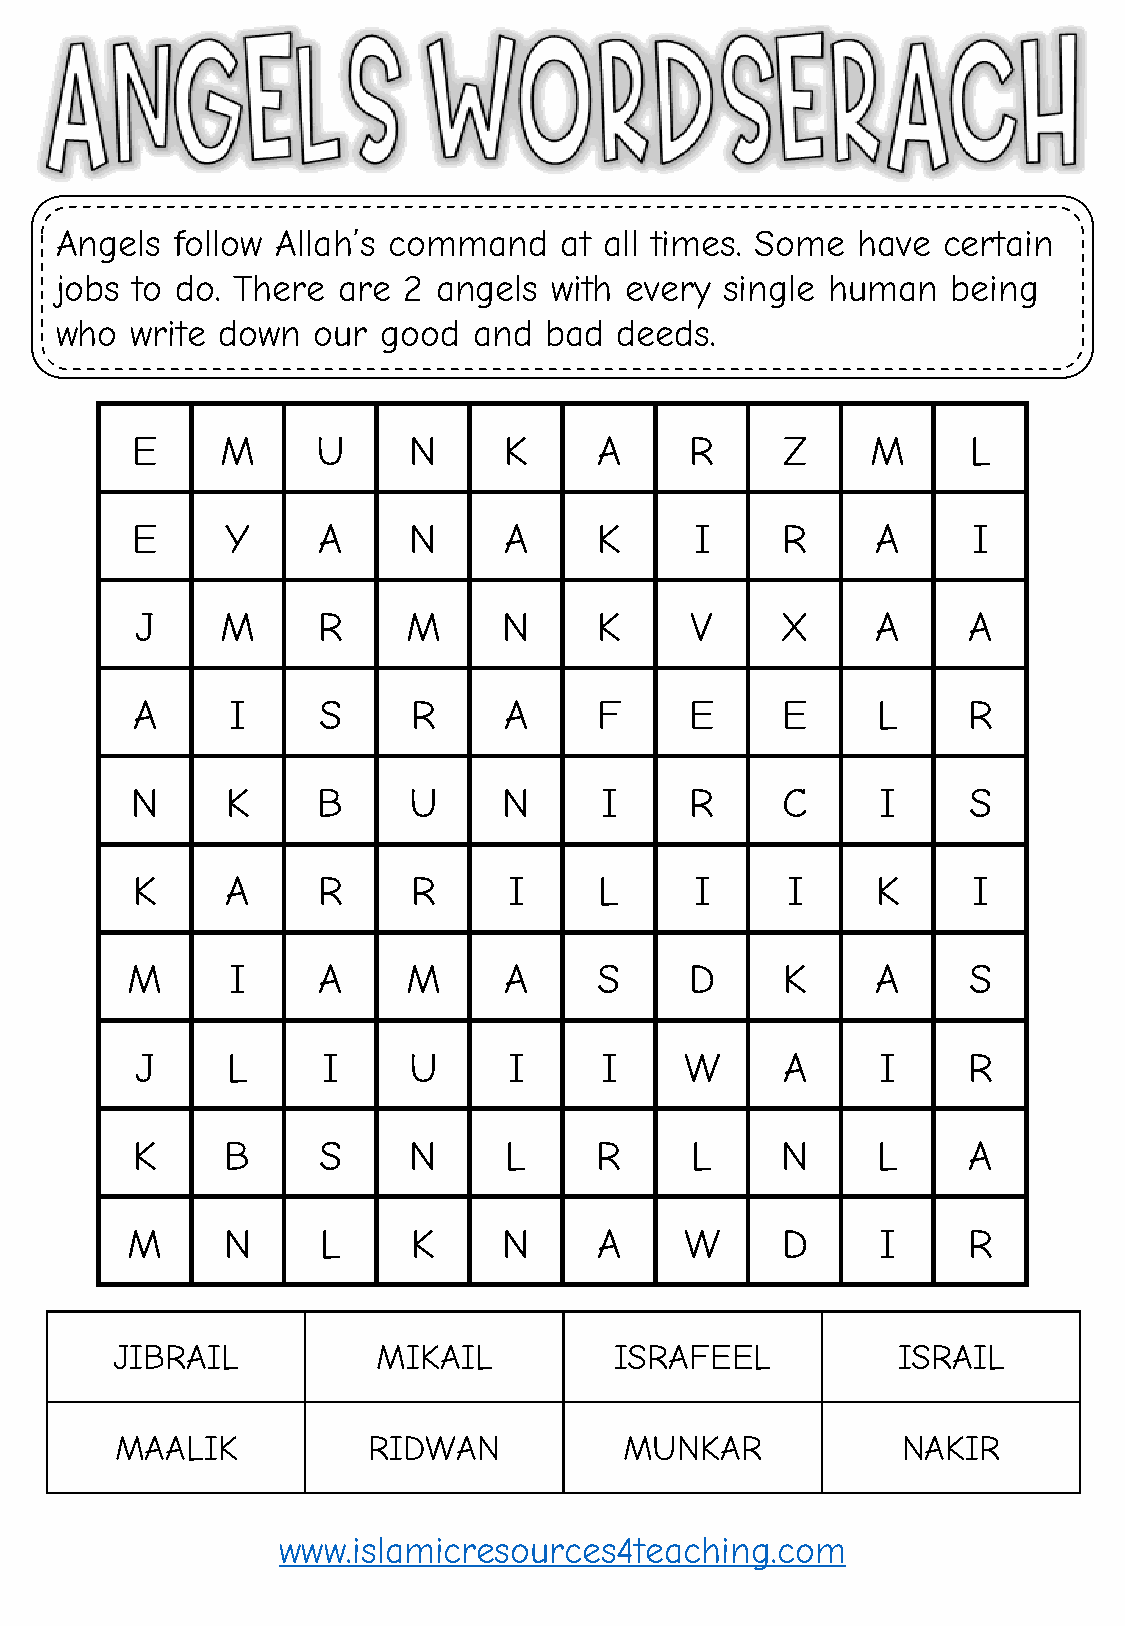
Angels follow Allah’s command    at all times. Some  have certain
 jobs to do. There are  2 angels  with every single human   being
 who  write down  our good  and  bad  deeds.
 E     M     U     N     K      A     R     Z     M     L
 E     Y     A     N     A      K     I     R     A     I
 J     M     R     M     N      K     V     X     A     A
 A     I     S     R     A      F     E     E     L     R
 N     K     B     U     N      I     R     C     I     S
 K     A     R     R      I     L     I     I     K     I
 M      I     A     M     A      S     D     K     A     S
 J     L     I     U      I     I    W      A     I     R
 K     B     S     N     L     R      L     N     L     A
 M      N     L     K     N      A    W      D     I     R
 JIBRAIL          MIKAIL          ISRAFEEL          ISRAIL
 MAALIK          RIDWAN           MUNKAR             NAKIR
 www.islamicresources4teaching.com